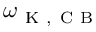
\omega _ { \mathrm { ~ K ~ } , \mathrm { ~ C ~ B ~ } }